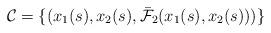
LaTeX: \begin{align*}\mathcal{C} = \{ ( x_1 (s), x_2 (s) , \bar{\mathcal{F}}_2 (x_1(s) , x_2(s)) ) \}\end{align*}